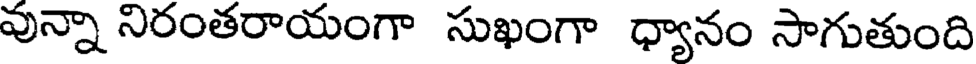
వున్నా నిరంతరాయంగా సుఖంగా ధ్యానం సాగుతుంది